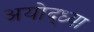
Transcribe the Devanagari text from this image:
अयोद्ध्या